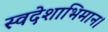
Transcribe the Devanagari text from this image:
स्वदेशाभिमान।